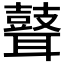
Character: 𦗺